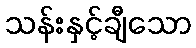
သန်းနှင့်ချီသော